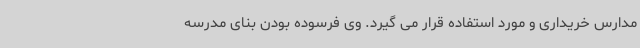
مدارس خریداری و مورد استفاده قرار می گیرد. وی فرسوده بودن بنای مدرسه